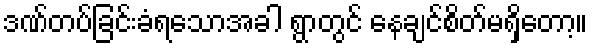
ဒဏ်တပ်ခြင်းခံရသောအခါ ရွာတွင် နေချင်စိတ်မရှိတော့။